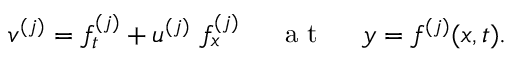
\begin{array} { r } { v ^ { ( j ) } = f _ { t } ^ { ( j ) } + u ^ { ( j ) } ~ f _ { x } ^ { ( j ) } ~ ~ ~ ~ \mathrm { ~ a ~ t ~ } ~ ~ ~ ~ y = f ^ { ( j ) } ( x , t ) . } \end{array}